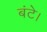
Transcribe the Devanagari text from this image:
बंटे।